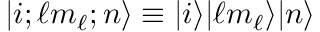
| i ; \ell m _ { \ell } ; n \rangle \equiv | i \rangle | \ell m _ { \ell } \rangle | n \rangle